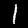
Label: 1